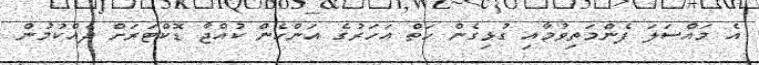
އެ މައްސަލަ ފެންމަތިވުމާއި ގުޅިގެން ހަތް އަހަރުގެ އަންހެން ކުއްޖާ ޑޮކްޓަރަށް ދެއްކުމުން